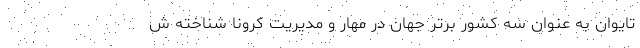
تایوان به عنوان سه کشور برتر جهان در مهار و مدیریت کرونا شناخته ش